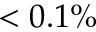
< 0 . 1 \%